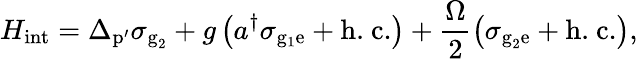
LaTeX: H_{\textrm{int}}=\Delta_{\textrm{p}\mathrm{{'}}}\sigma_{\textrm{g}_{2}}+g\left(a^{\dagger}\sigma_{\mathrm{{g}_{1}\mathrm{{e}}}}+\textrm{h.~c.}\right)+\frac{\Omega}{2}\left(\sigma_{\textrm{g}_{2}\textrm{e}}+\textrm{h.~c.}\right),